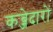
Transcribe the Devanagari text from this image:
कब्जेदारों